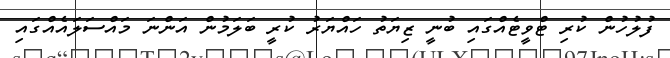
ފުލުހުން ކުރި ޓްވީޓެއްގައި ބުނީ ޒިޔަތު ހައްޔަރު ކުރީ ބަލަމުން އަންނަ މައްސަލައެއްގައި